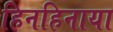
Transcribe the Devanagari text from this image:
हिनहिनाया